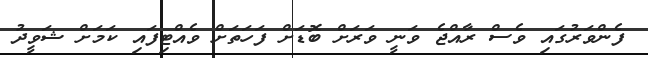
ފެންވަރުގައި ވެސް ރާއްޖެ ވަނީ ވަރަށް ބޮޑަށް ފަހަތަށް ވެއްޓިފައި ކަމަށް ޝަވީދު